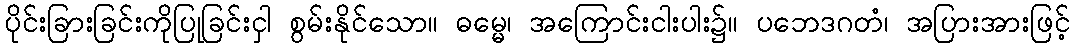
ပိုင်းခြားခြင်းကိုပြုခြင်းငှါ စွမ်းနိုင်သော။ ဓမ္မေ၊ အကြောင်းငါးပါး၌။ ပဘေဒဂတံ၊ အပြားအားဖြင့်